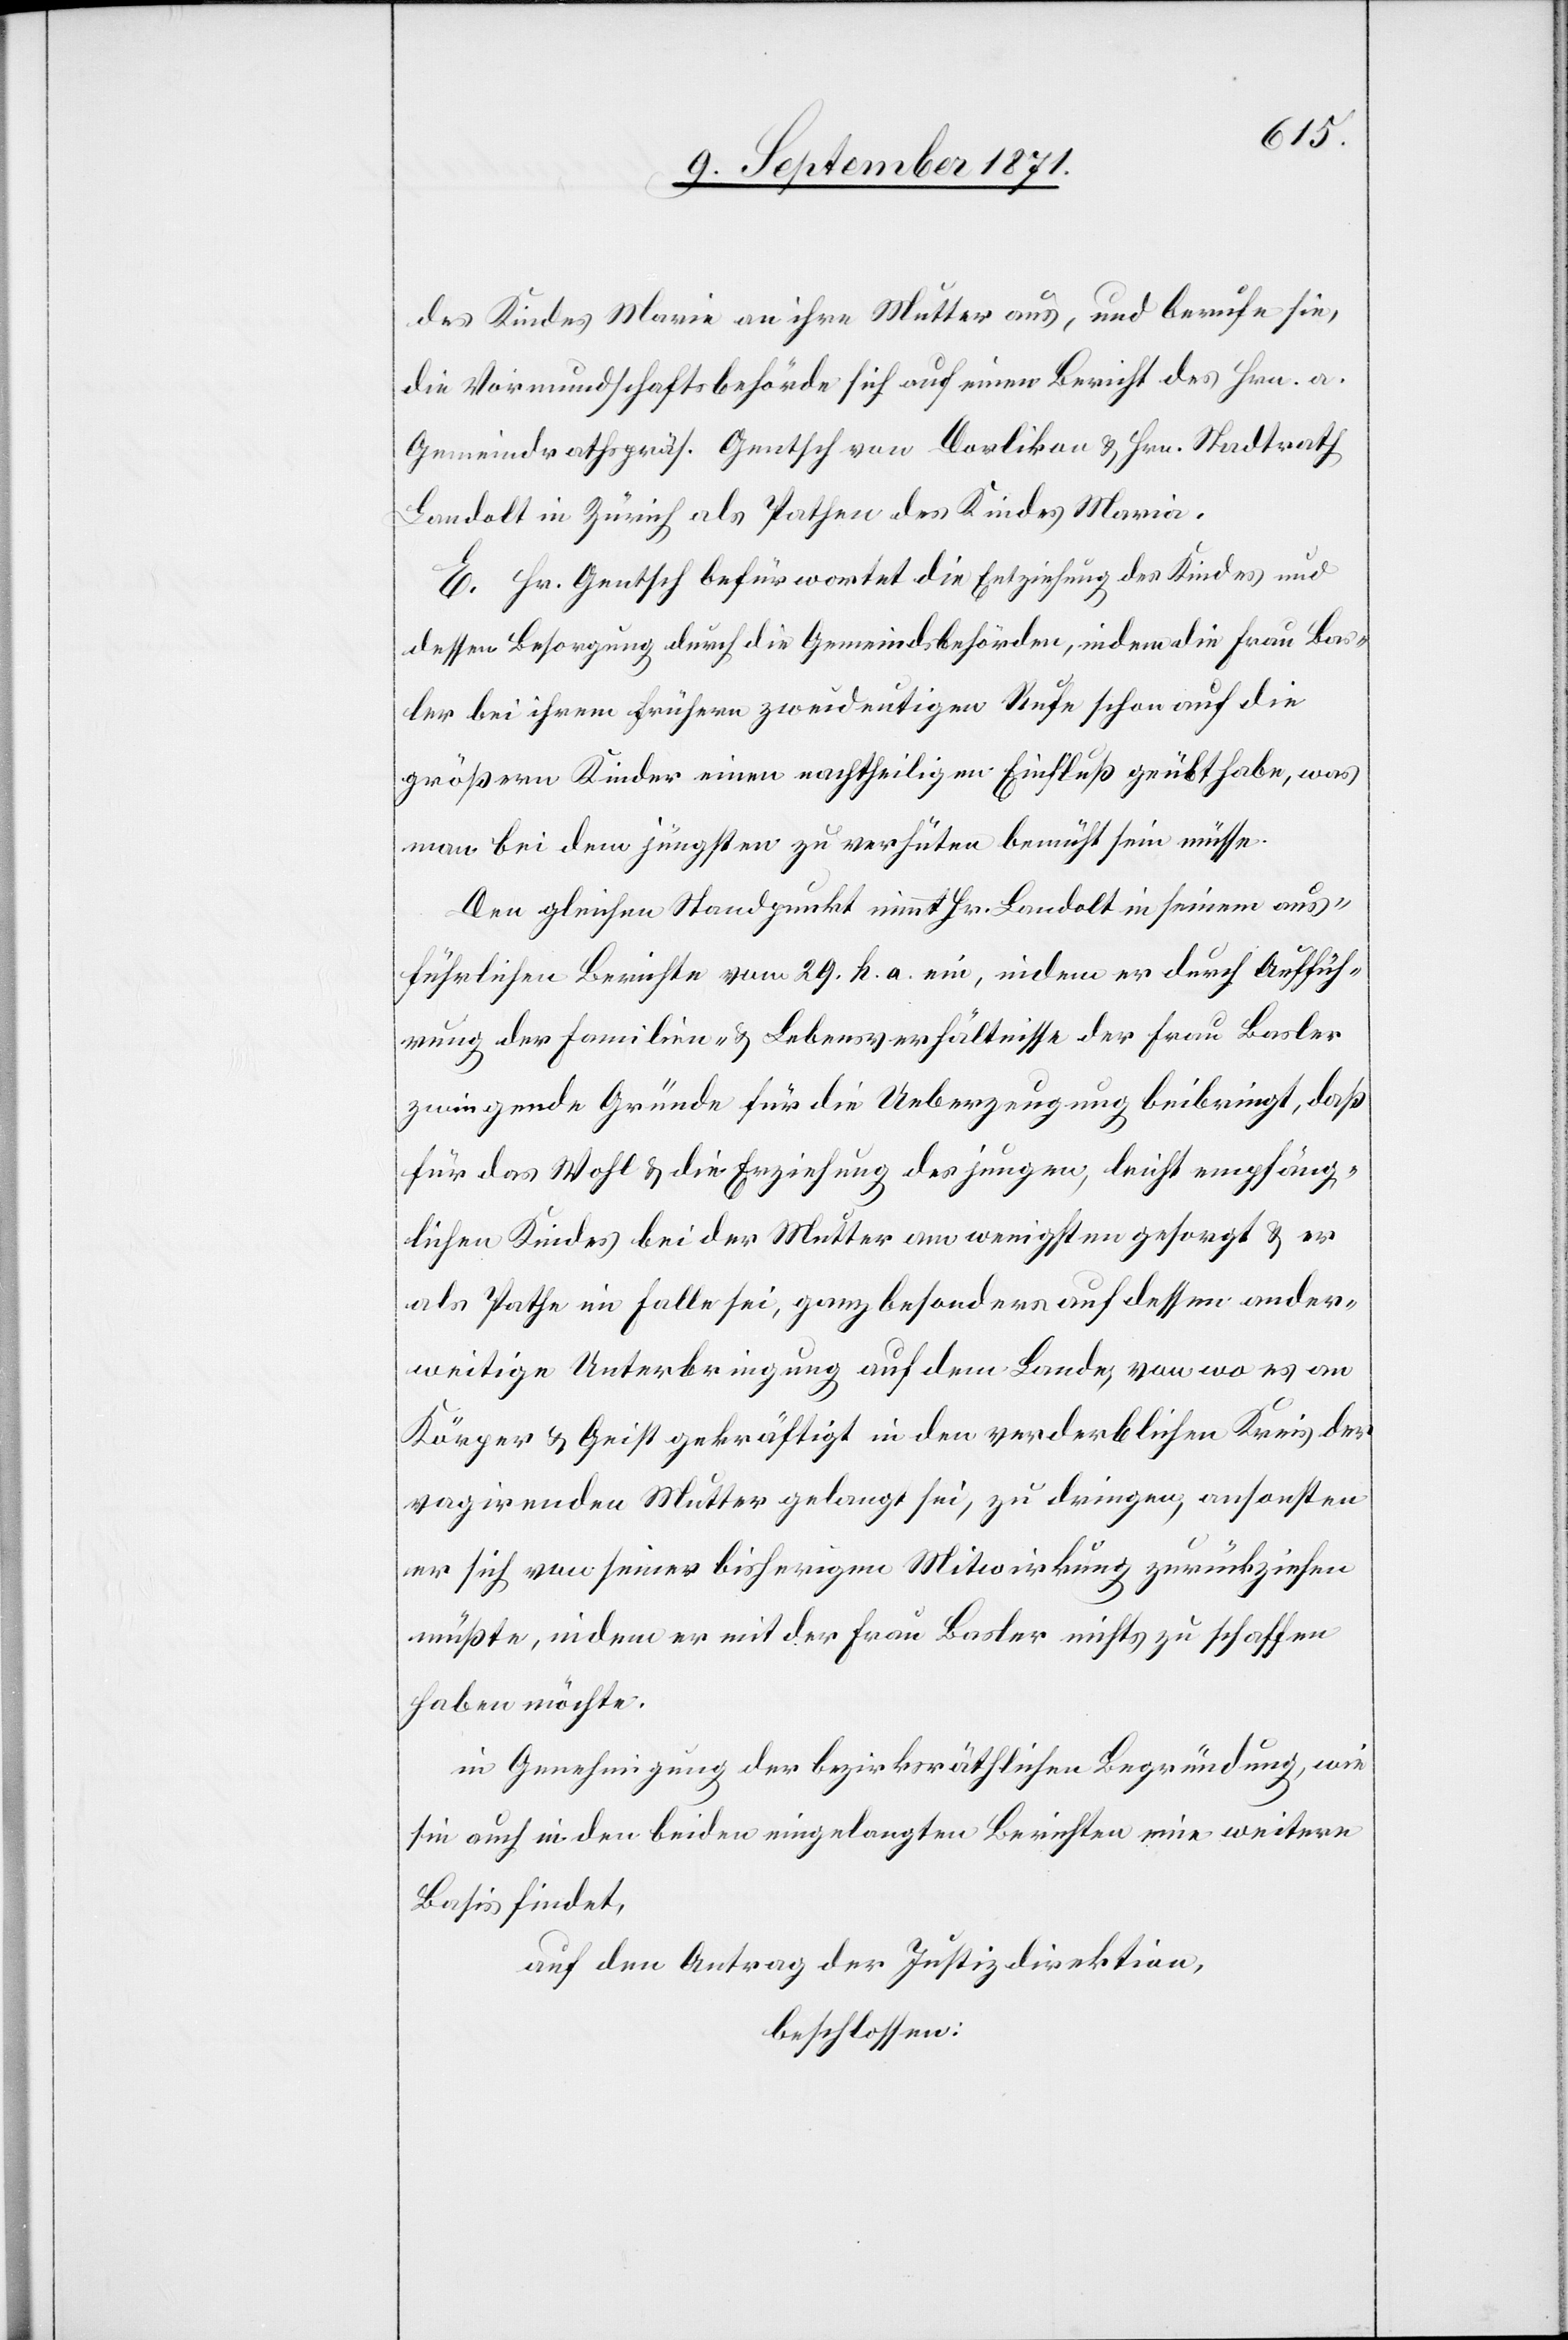
der Kinder Maria an ihre Mutter aus, und berufe sie,
die Vormundschaftsbehörde sich auf einen Bericht des Hrn. a.
Gemeindratspräs. Gentsch von Oerlikon & Hrn. Stadtrath
Landolt in Zürich als Pathen der Kinder Maria.
E. Hr. Gentsch befürwortet die Entziehung der Kinder und
dessen Besorgung durch die Gemeindsbehörden, indem die Frau Bas¬
ler bei ihrem frühern zweideutigen Rufe schon auf die
größern Kinder einen nachtheiligen Einfluß geübt habe, was
man bei dem jüngsten zu verhüten bemüht sein müsse.
Den gleichen Standpunkt nimmt Hr. Landolt in seinem aus¬
führlichen Berichte vom 29. h. a. ein, indem er durch Auffüh¬
rung der Familien- & Lebensverhältnisse der Frau Basler
zwingende Gründe für die Ueberzeugung beibringt, daß
für das Wohl & die Erziehung der jungen, leicht empfäng¬
lichen Kinder bei der Mutter am wenigsten gesorgt & er
als Pathe im Falle sei, ganz besonders auf dessen ander¬
weitige Unterbringung auf dem Lande, von wo er an
Körper & Geist gekräftigt in den verderblichen Kreis der
vagirenden Mutter gelangt sei, zu dringen, ansonsten
er sich von seiner bisherigen Mitwirkung zurückziehen
müsse, indem er mit der Frau Basler nichts zu schaffen
haben möchte.
In Genehmigung der bezirksräthlichen Begründung, wie
sie auch in den beiden eingelangten Berichten eine weitere
Basis findet,
auf den Antrag der Justizdirektion,
beschlossen: